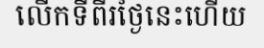
លើកទីពីរថ្ងៃនេះហើយ